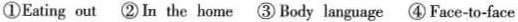
①Eating out ② In the home ③ Body language④ Face-to-face